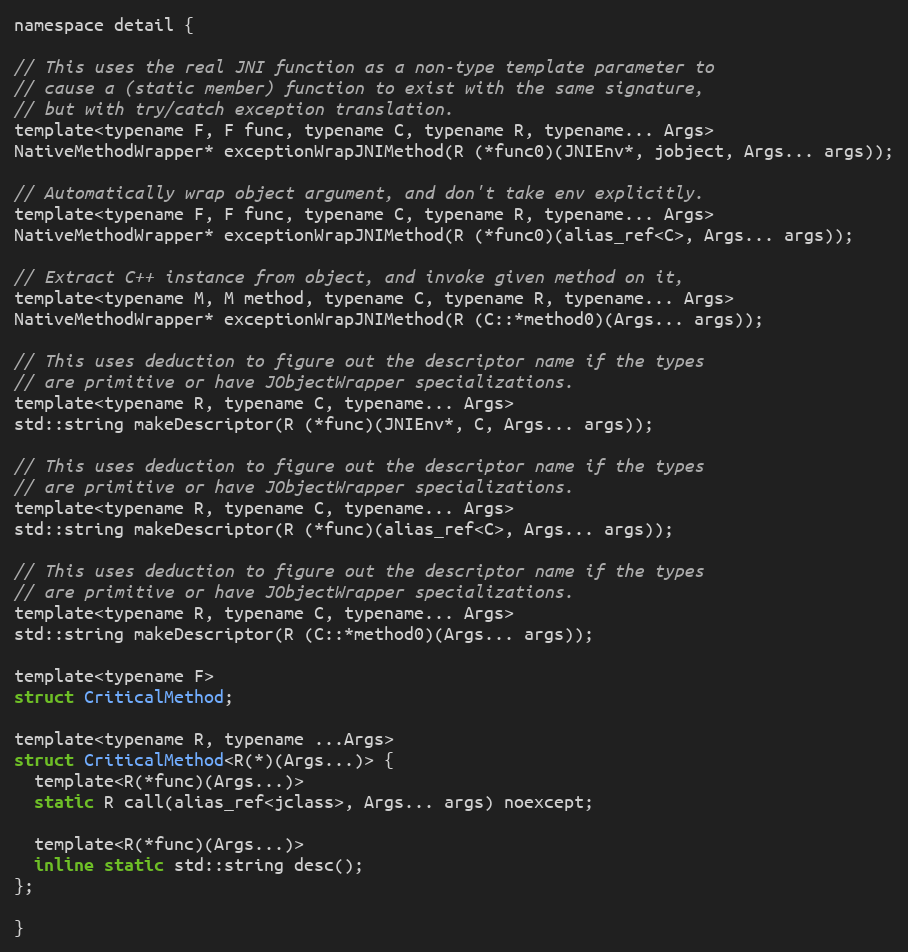
Language: C
namespace detail {

// This uses the real JNI function as a non-type template parameter to
// cause a (static member) function to exist with the same signature,
// but with try/catch exception translation.
template<typename F, F func, typename C, typename R, typename... Args>
NativeMethodWrapper* exceptionWrapJNIMethod(R (*func0)(JNIEnv*, jobject, Args... args));

// Automatically wrap object argument, and don't take env explicitly.
template<typename F, F func, typename C, typename R, typename... Args>
NativeMethodWrapper* exceptionWrapJNIMethod(R (*func0)(alias_ref<C>, Args... args));

// Extract C++ instance from object, and invoke given method on it,
template<typename M, M method, typename C, typename R, typename... Args>
NativeMethodWrapper* exceptionWrapJNIMethod(R (C::*method0)(Args... args));

// This uses deduction to figure out the descriptor name if the types
// are primitive or have JObjectWrapper specializations.
template<typename R, typename C, typename... Args>
std::string makeDescriptor(R (*func)(JNIEnv*, C, Args... args));

// This uses deduction to figure out the descriptor name if the types
// are primitive or have JObjectWrapper specializations.
template<typename R, typename C, typename... Args>
std::string makeDescriptor(R (*func)(alias_ref<C>, Args... args));

// This uses deduction to figure out the descriptor name if the types
// are primitive or have JObjectWrapper specializations.
template<typename R, typename C, typename... Args>
std::string makeDescriptor(R (C::*method0)(Args... args));

template<typename F>
struct CriticalMethod;

template<typename R, typename ...Args>
struct CriticalMethod<R(*)(Args...)> {
  template<R(*func)(Args...)>
  static R call(alias_ref<jclass>, Args... args) noexcept;

  template<R(*func)(Args...)>
  inline static std::string desc();
};

}